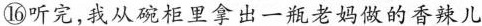
⑯听完,我从碗柜里拿出一瓶老妈做的香辣儿